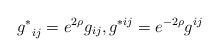
LaTeX: \begin{align*}{g^*}_{ij} = e^{2\rho}g_{ij}, g^{*ij} = e^{-2\rho}g^{ij}\end{align*}